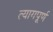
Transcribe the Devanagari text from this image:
त्यागपूर्ण